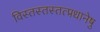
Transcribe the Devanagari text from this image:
विस्तस्तस्तत्प्रधानेषु